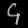
Digit: ၄